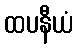
ထပနီယံ